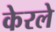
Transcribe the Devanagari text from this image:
केरले